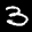
Label: 3